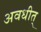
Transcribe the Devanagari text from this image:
अवधीत्‌